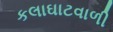
કલાઘાટવાળી